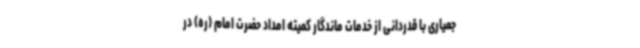
جمیاری با قدردانی از خدمات ماندگار کمیته امداد حضرت امام (ره) در